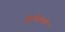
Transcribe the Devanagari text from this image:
गूल्येल्मो